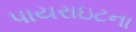
પાયરાઇટના